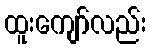
ထူးကျော်လည်း